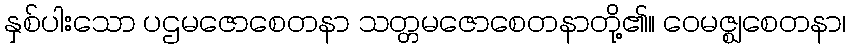
နှစ်ပါးသော ပဌမဇောစေတနာ သတ္တမဇောစေတနာတို့၏။ ဝေမဇ္ဈစေတနာ၊